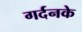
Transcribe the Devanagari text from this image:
गर्दनके